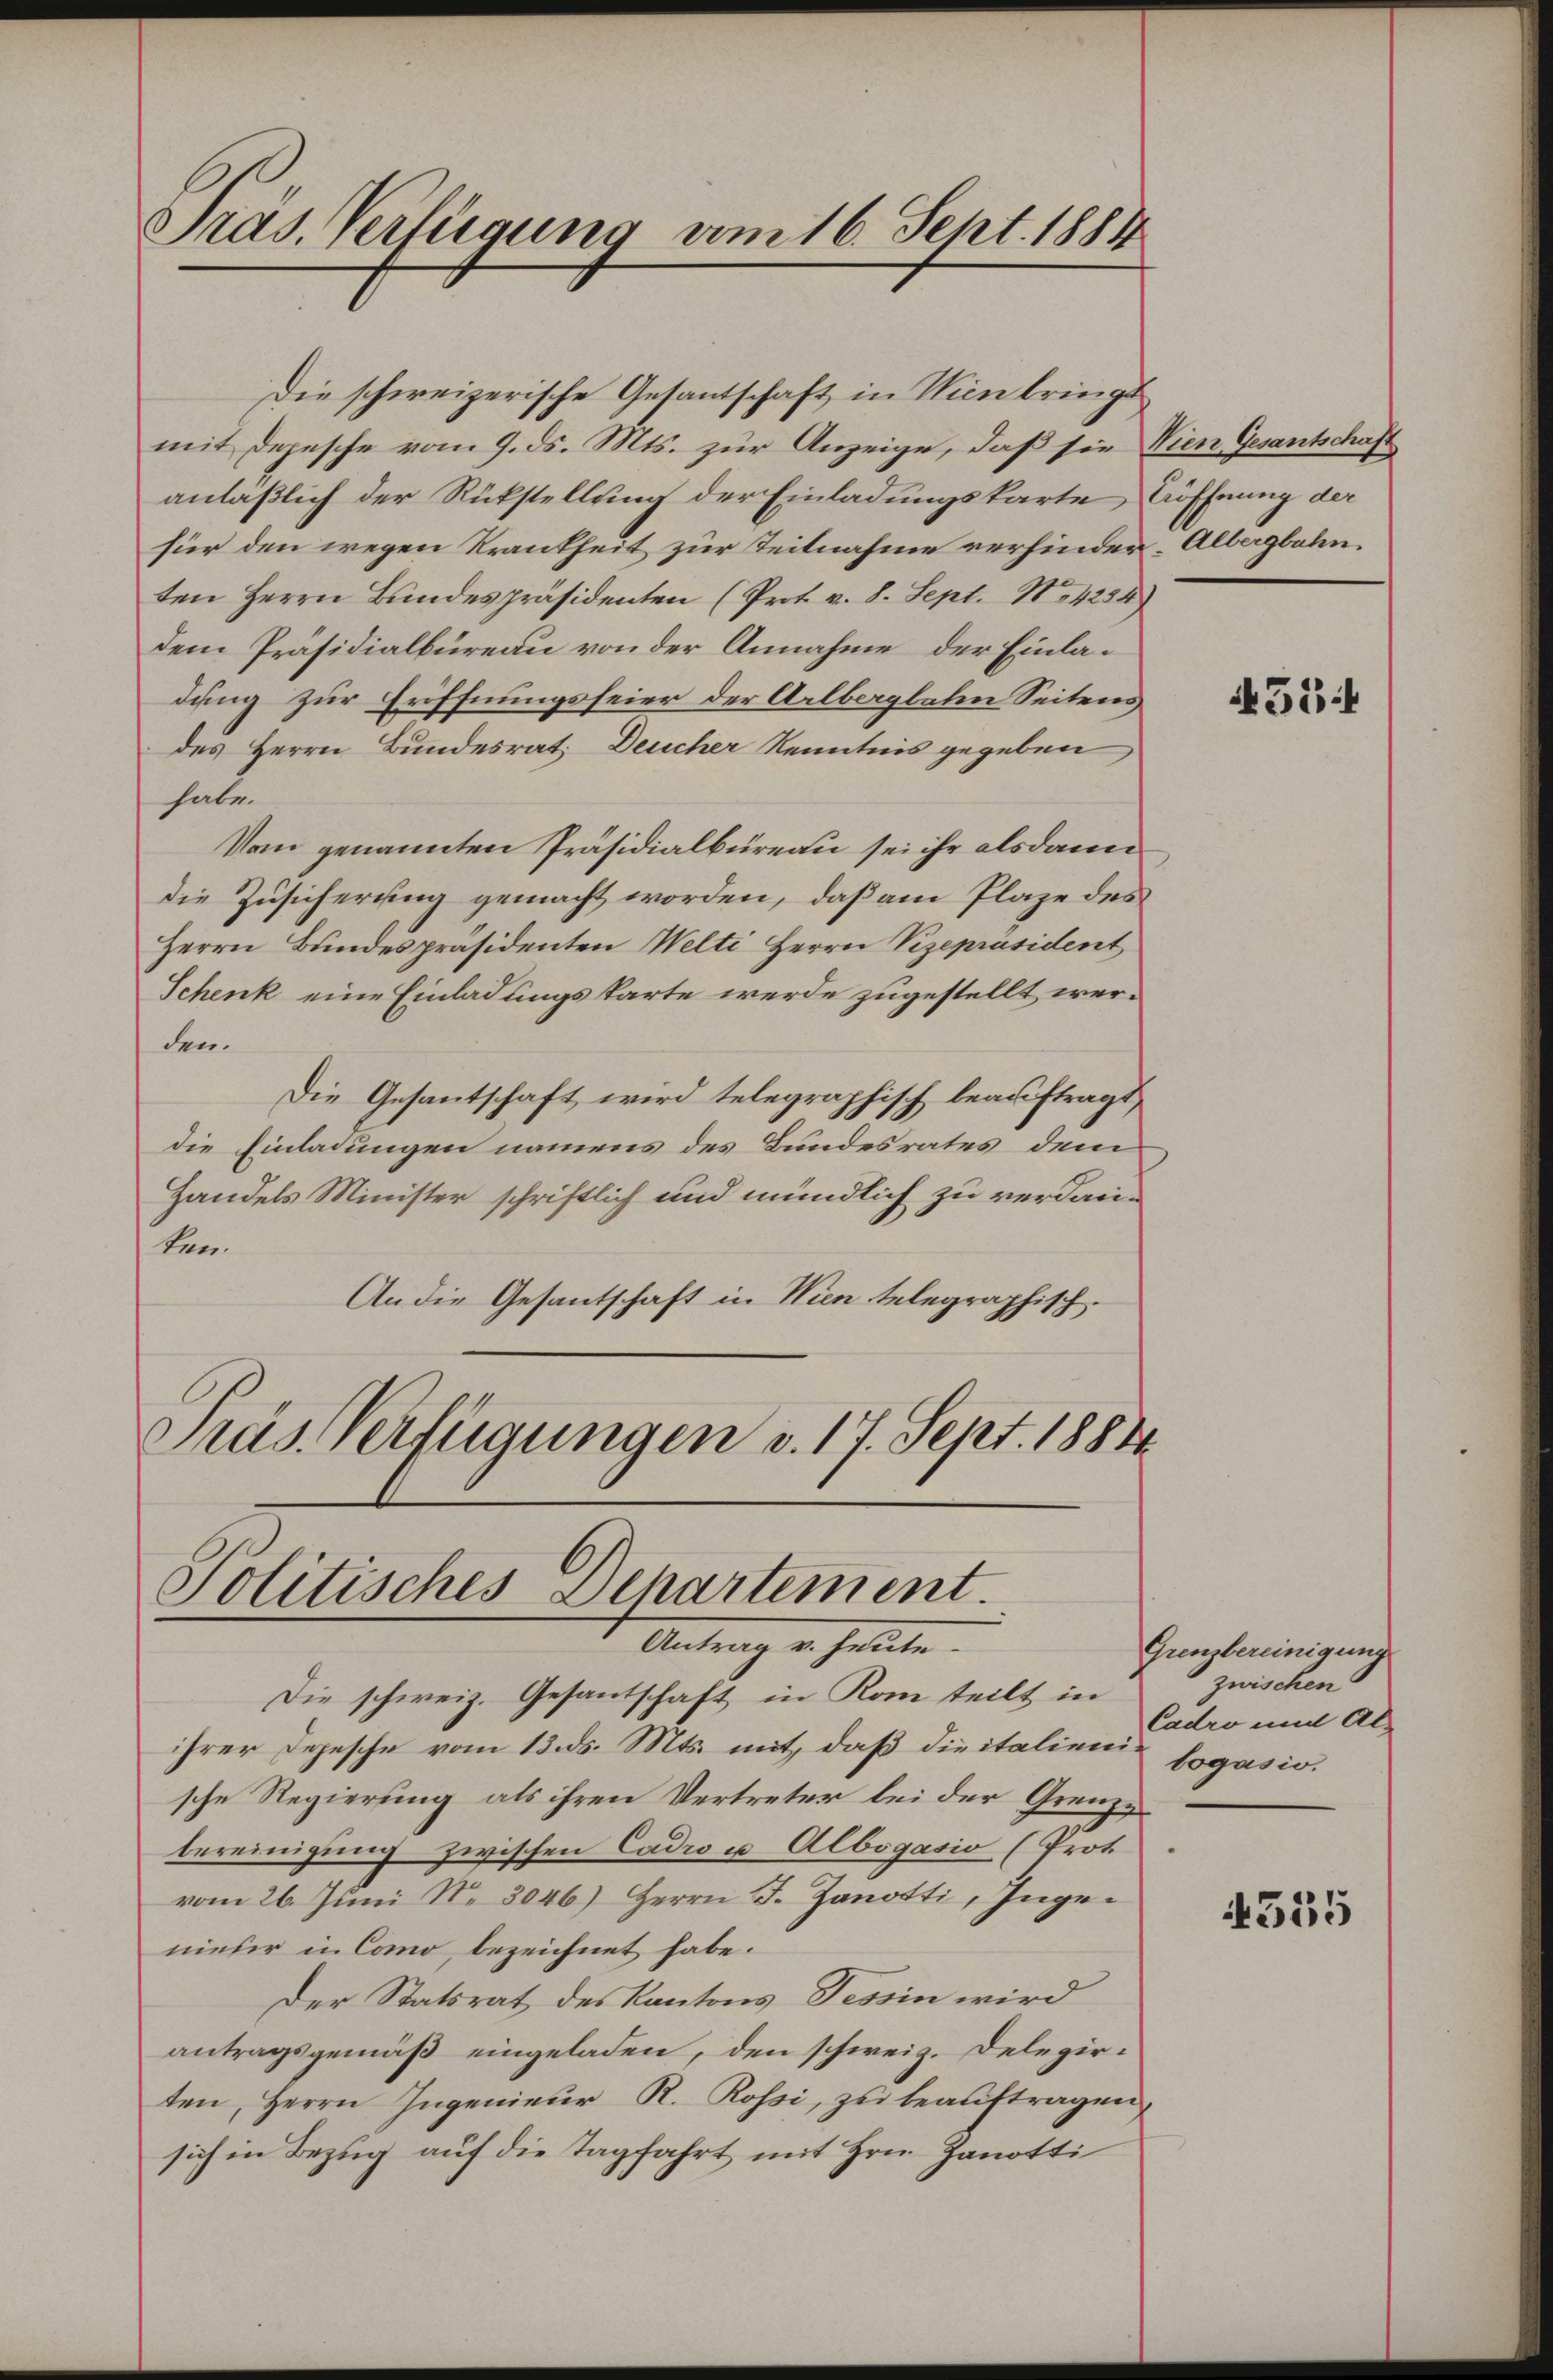
Pras. Verfügung vom 16. Sept. 1884

Die schweizerische Gesantschaft in Wien brings
mit Depesche vom 9. ds. Mts. zur Anzeige, daß sie Vien Gesantschaft
anläßlich der Rückstellung der Einladungskarte Eröffnung der
für den wegen Krankheit zur Teilnahme verhinder. Albergbahn.
ten Herrn Bundespräsidenten (Prot. v. 8. Sept. No. 4284)
dem Präsidialbüreau von der Annahme der Einladung zur Eröffnungsfeier der Albergbahn Seitens
des Herrn Bundesrat, Deucher Kenntnis gegeben,
habe.
Vom genannten Präsidialbüreau sei ihr alsdann
die Zusicherung gemacht worden, daß am Plaze des
Herrn Bundespräsidenten Welti Herrn Vizepräsident
Schenk eine Einladungskarte werde zugestellt werden.
Die Gesantschaft wird telegraphisch beauftragt,
die Einladungen namens des Bundesrates dem
Handels Minister schriftlich und mündlich zu verdanken.
An die Gesantschaft in Wien telegraphisch.
Präs. Verfügungen v. 17. Sept. 1884.

Politisches Departement.
Antrag v. heute

Die schweiz. Gesantschaft in Rom teilt in
ihrer Depesche vom 13. ds. Mts. mit, daß dieitalien logasio.
sche Regierung als ihren Vertreter bei der Grenzi
bereinigung zwischen Cadio u Albogasio (Prot
vom 26. Juni Nr. 3046) Herrn J. Zanotti, Ingenieder in Como, bezeichnet habe.
Der Statsrat des Kantons Tessin wird
antragsgemäß eingeladen, den schweiz. Delegirten, Herrn Ingenieur R. Rossi, zu beauftragen,
sich in Bezug auf die Tagfahrt mit Hrn. Hanotti

455:

Grenzbereinigung
zwischen
Cadro und Al-

4555